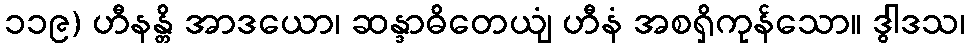
၁၁၉) ဟီနန္တိ အာဒယော၊ ဆန္ဒာဓိတေယျံ ဟီနံ အစရှိကုန်သော။ ဒွါဒသ၊